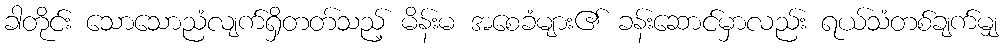
ခါတိုင်း သောသောညံလျက်ရှိတတ်သည့် မိန်းမ အစေခံများ၏ ခန်းဆောင်မှာလည်း ရယ်သံတစ်ချက်မျှ